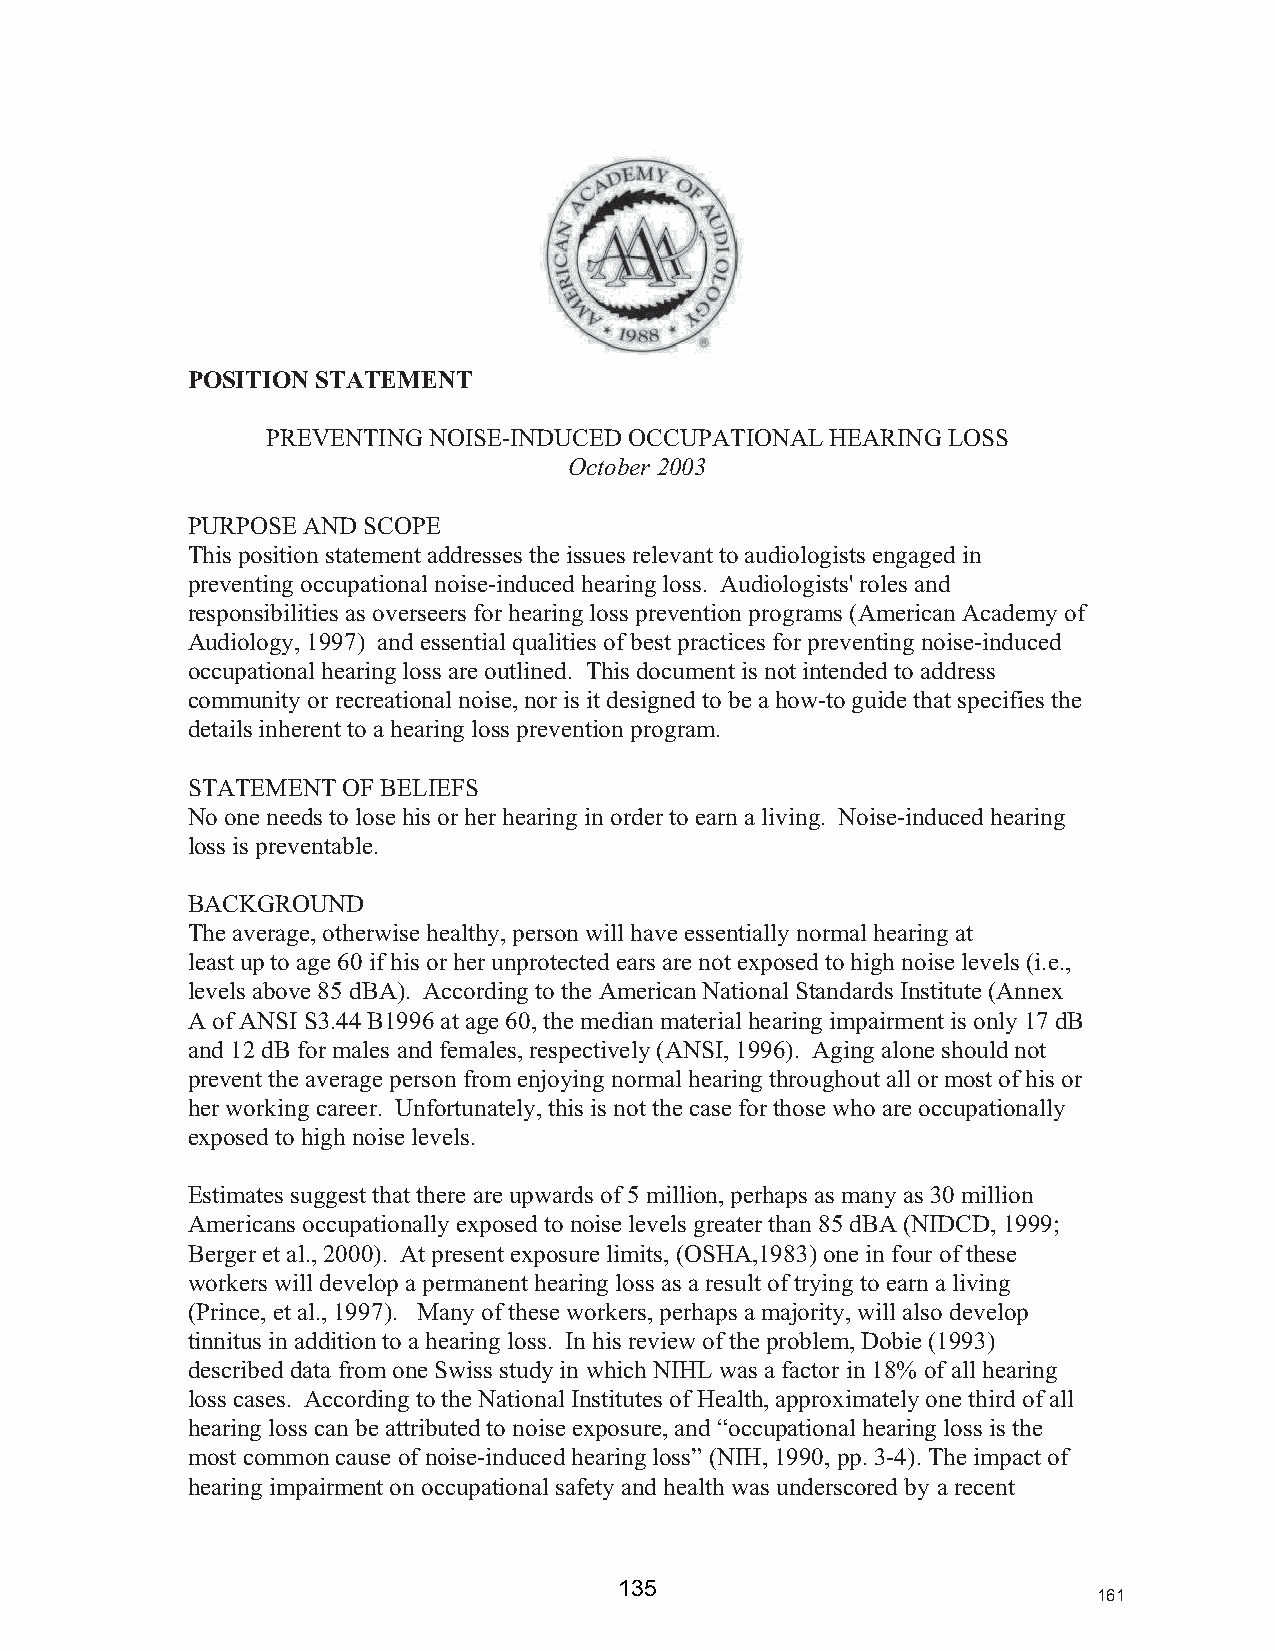
POSITION STATEMENT
 PREVENTING NOISE-INDUCED OCCUPATIONAL HEARING LOSS
 October 2003
 PURPOSE AND SCOPE
 This position statement addresses the issues relevant to audiologists engaged in
 preventing occupational noise-induced hearing loss. Audiologists' roles and
 responsibilities as overseers for hearing loss prevention programs (American Academy of
 Audiology, 1997) and essential qualities of best practices for preventing noise-induced
 occupational hearing loss are outlined. This document is not intended to address
 community or recreational noise, nor is it designed to be a how-to guide that specifies the
 details inherent to a hearing loss prevention program.
 STATEMENT  OF BELIEFS
 No one needs to lose his or her hearing in order to earn a living. Noise-induced hearing
 loss is preventable.
 BACKGROUND
 The average, otherwise healthy, person will have essentially normal hearing at
 least up to age 60 if his or her unprotected ears are not exposed to high noise levels (i.e.,
 levels above 85 dBA). According to the American National Standards Institute (Annex
 A of ANSI S3.44 B1996 at age 60, the median material hearing impairment is only 17 dB
 and 12 dB for males and females, respectively (ANSI, 1996). Aging alone should not
 prevent the average person from enjoying normal hearing throughout all or most of his or
 her working career. Unfortunately, this is not the case for those who are occupationally
 exposed to high noise levels.
 Estimates suggest that there are upwards of 5 million, perhaps as many as 30 million
 Americans occupationally exposed to noise levels greater than 85 dBA (NIDCD, 1999;
 Berger et al., 2000). At present exposure limits, (OSHA,1983) one in four of these
 workers will develop a permanent hearing loss as a result of trying to earn a living
 (Prince, et al., 1997). Many of these workers, perhaps a majority, will also develop
 tinnitus in addition to a hearing loss. In his review of the problem, Dobie (1993)
 described data from one Swiss study in which NIHL was a factor in 18% of all hearing
 loss cases. According to the National Institutes of Health, approximately one third of all
 hearing loss can be attributed to noise exposure, and “occupational hearing loss is the
 most common cause of noise-induced hearing loss” (NIH, 1990, pp. 3-4). The impact of
 hearing impairment on occupational safety and health was underscored by a recent
 135                             161